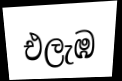
එලැඹ